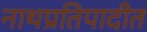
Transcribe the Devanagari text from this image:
नाथप्रतिपादीत